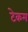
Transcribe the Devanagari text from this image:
टेकम